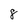
Character: 8